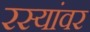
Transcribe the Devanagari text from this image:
रस्यांवर